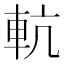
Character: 䡉